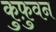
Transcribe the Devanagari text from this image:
कुफ़ुवन